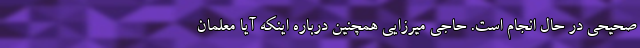
صحیحی در حال انجام است. حاجی میرزایی همچنین درباره اینکه آیا معلمان